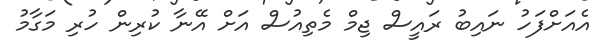
އެއަށްފަހު ނައިބު ރައީސް ޖިމް މެތިއުސް އަށް އޭނާ ކުރިން ހުރި މަގާމު